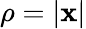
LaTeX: \rho=|{\mathbf x}|